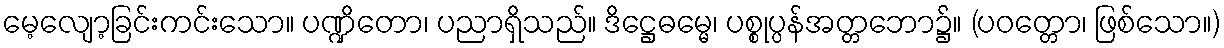
မေ့လျော့ခြင်းကင်းသော။ ပဏ္ဍိတော၊ ပညာရှိသည်။ ဒိဋ္ဌေဓမ္မေ၊ ပစ္စုပ္ပန်အတ္တဘော၌။ (ပဝတ္တော၊ ဖြစ်သော။)